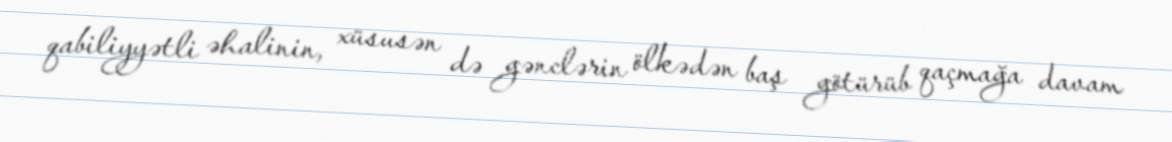
qabiliyyətli əhalinin, xüsusən də gənclərin ölkədən baş götürüb qaçmağa davam